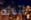
أبنائه